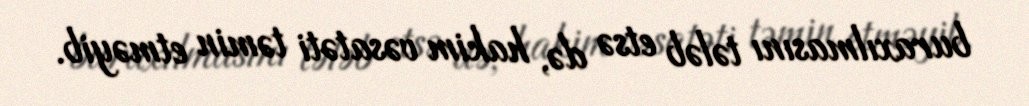
buraxılmasını tələb etsə də, hakim vəsatəti təmin etməyib.